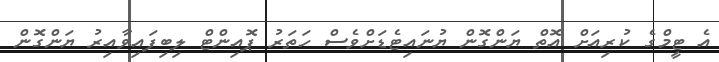
އެ ޓީމްގެ ކުރިއަށް އޮތް ޔަންގޮން ޔުނައިޓެޑަށްވެސް ހަތަރު ޕޮއިންޓް ލިބިފައިވާއިރު ޔަންގޮން